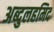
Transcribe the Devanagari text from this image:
अब्दुलहमिद